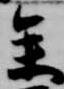
参